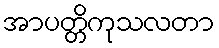
အာပတ္တိကုသလတာ